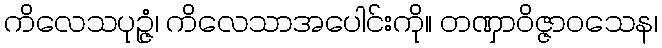
ကိလေသပုဉ္ဇံ၊ ကိလေသာအပေါင်းကို။ တဏှာဝိဇ္ဇာဝသေန၊